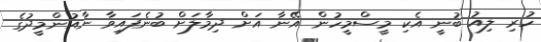
ހުރި ލިއު ބުނީ އެކި މީސްމީހުން އޭނާ އަށް ދިމާލަށް ބުނެފައިވާ ނާއުންމީދުގެ